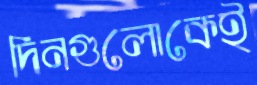
দিনগুলোকেই